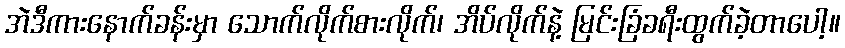
အဲဒီကားနောက်ခန်းမှာ သောက်လိုက်စားလိုက်၊ အိပ်လိုက်နဲ့ မြင်းခြံခရီးထွက်ခဲ့တာပေါ့။